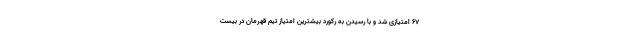
۶۷ امتیازی شد و با رسیدن به رکورد بیشترین امتیاز تیم قهرمان در بیست